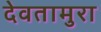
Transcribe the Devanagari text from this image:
देवतामुरा